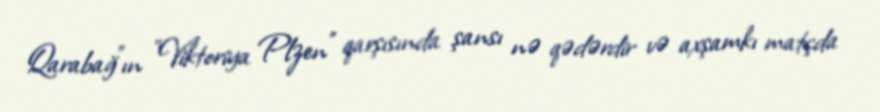
Qarabağ"ın "Viktoriya Plzen" qarşısında şansı nə qədərdir və axşamkı matçda